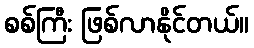
စစ်ကြီး ဖြစ်လာနိုင်တယ်။